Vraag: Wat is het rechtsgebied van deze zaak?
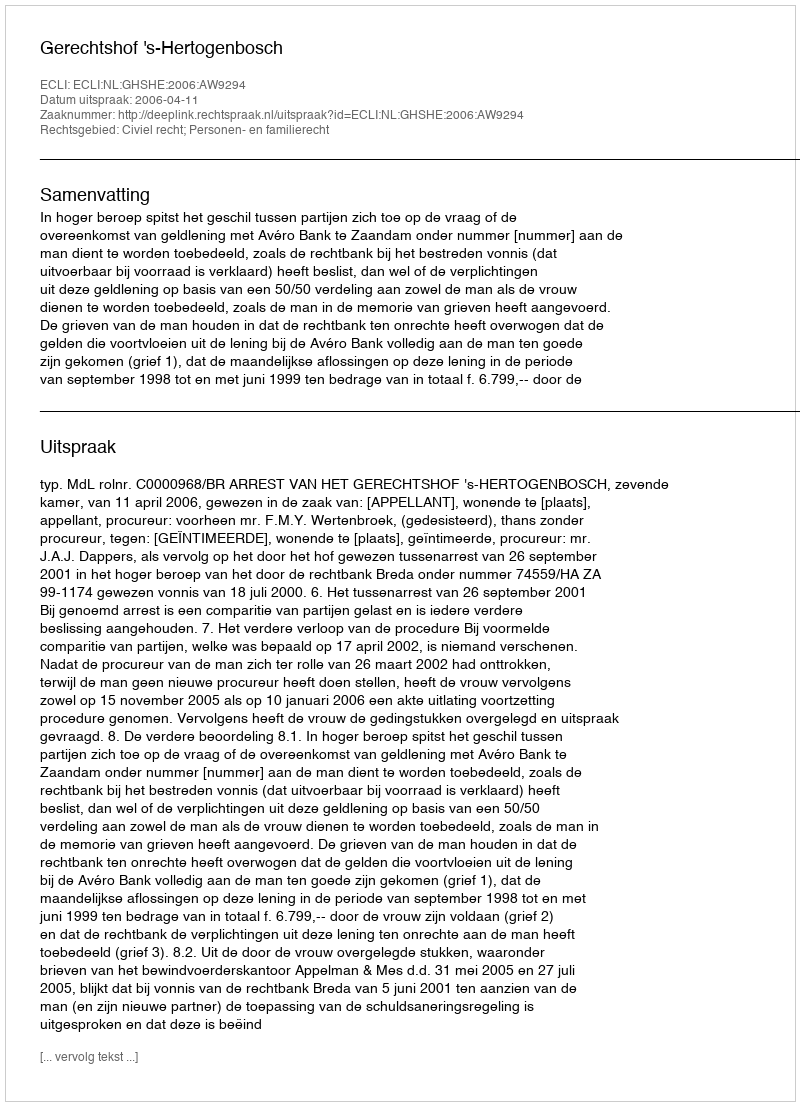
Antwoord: Civiel recht; Personen- en familierecht